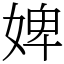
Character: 婢